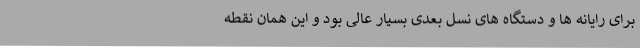
برای رایانه ها و دستگاه های نسل بعدی بسیار عالی بود و این همان نقطه